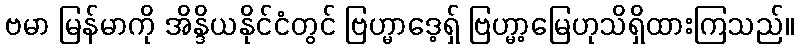
ဗမာ မြန်မာကို အိန္ဒိယနိုင်ငံတွင် ဗြဟ္မာဒေ့ရှ် ဗြဟ္မာ့မြေဟုသိရှိထားကြသည်။